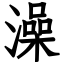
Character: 澡